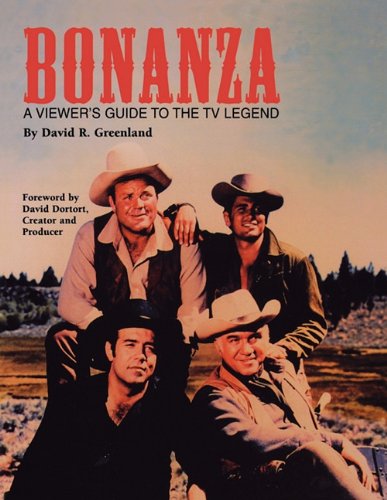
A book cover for Bonanza: A Viewer's Guide to the TV Legend; David R. Greenland; Humor & Entertainment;